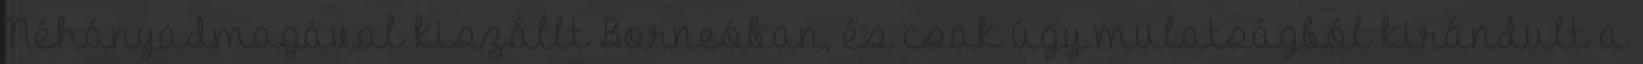
Néhányadmagával kiszállt Borneóban, és csak úgy mulatságból kirándult a